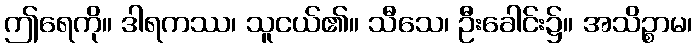
ဤရေကို။ ဒါရကဿ၊ သူငယ်၏။ သီသေ၊ ဦးခေါင်း၌။ အသိဉ္စာမ၊